画像に写った文字を読んでください
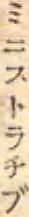
「ミニストラチブ」と書いてあります